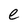
Character: e